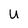
Character: U